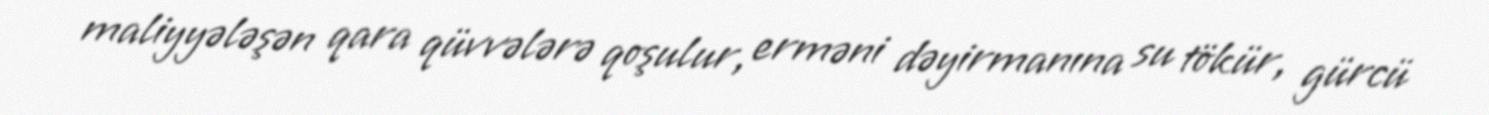
maliyyələşən qara qüvvələrə qoşulur, erməni dəyirmanına su tökür, gürcü